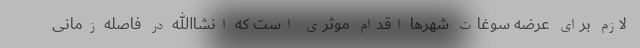
لازم برای عرضه سوغات شهر‌ها اقدام موثری است که انشاالله در فاصله زمانی